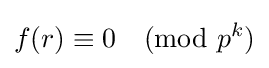
f(r)\equiv 0{\pmod {p^{k}}}